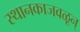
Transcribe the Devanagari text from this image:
स्थानकाजवळून्